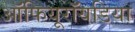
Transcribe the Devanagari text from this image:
ऑफियूरॉयडिया